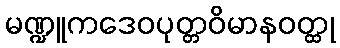
မဏ္ဍူကဒေဝပုတ္တဝိမာနဝတ္ထု